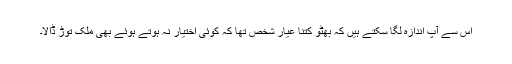
اس سے آپ اندازہ لگا سکتے ہیں کہ بھٹو کتنا عیار شخص تھا کہ کوئی اختیار نہ ہوتے ہوئے بھی ملک توڑ ڈالا۔